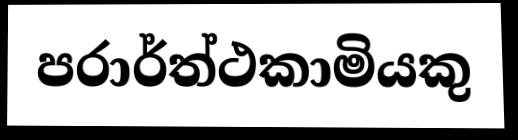
පරාර්ත්ථකාමියකු